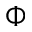
\boldsymbol \Phi